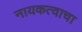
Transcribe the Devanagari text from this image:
नायकत्वाचा